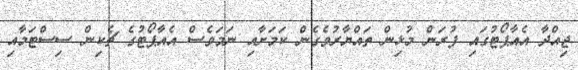
ޖިއްދާ އެއާޕޯޓުގައި ފުރަން މުޅިން ތައްޔާރުވެގެން ކަމަށާއި ނަމަވެސް އެއާޕޯޓުގެ ޗެކިން ސިސްޓަމާއި